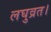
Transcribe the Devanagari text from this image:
लघुव्रत।